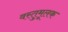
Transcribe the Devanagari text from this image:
वस्तुमूलक